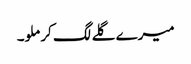
میرے گلے لگ کر ملو۔